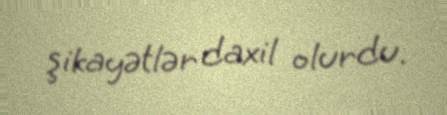
şikayətlər daxil olurdu.